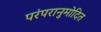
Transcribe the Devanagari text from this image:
परंपरानुमोदित